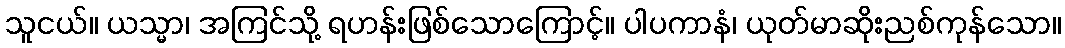
သူငယ်။ ယသ္မာ၊ အကြင်သို့ ရဟန်းဖြစ်သောကြောင့်။ ပါပကာနံ၊ ယုတ်မာဆိုးညစ်ကုန်သော။